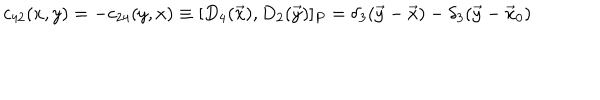
LaTeX: c _ { 4 2 } ( x , y ) = - c _ { 2 4 } ( y , x ) \equiv [ D _ { 4 } ( \vec { x } ) , D _ { 2 } ( \vec { y } ) ] _ { P } = \delta _ { 3 } ( \vec { y } - \vec { x } ) - \delta _ { 3 } ( \vec { y } - \vec { x } _ { 0 } )